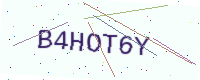
Text: B4HOT6Y